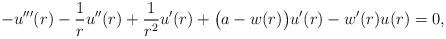
LaTeX: \begin{align*} - u''' (r) - \frac{1}{r} u''(r) + \frac{1}{r^2} u' (r) + \bigl(a - w (r)\bigr) u' (r) - w' (r) u (r) = 0,\end{align*}